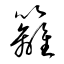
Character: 籬